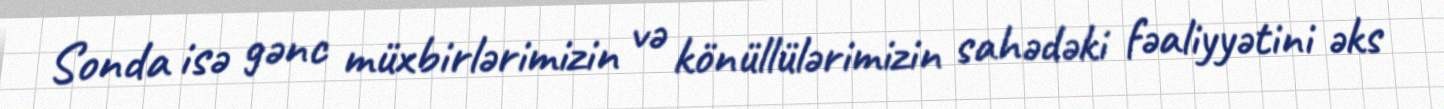
Sonda isə gənc müxbirlərimizin və könüllülərimizin sahədəki fəaliyyətini əks